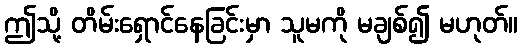
ဤသို့ တိမ်းရှောင်နေခြင်းမှာ သူမကို မချစ်၍ မဟုတ်။